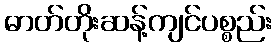
ဓာတ်တိုးဆန့်ကျင်ပစ္စည်း